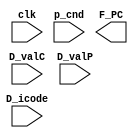
module pc_update (
    input clk,
    input p_cnd,
    input [3:0] D_icode,
    input [63:0] D_valC,
    input [63:0] D_valP,

    output reg F_PC
);
    

endmodule